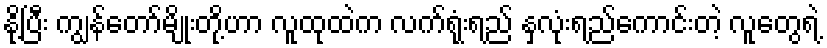
နို့ပြီး ကျွန်တော်မျိုးတို့ဟာ လူထုထဲက လက်ရုံးရည် နှလုံးရည်ကောင်းတဲ့ လူတွေရဲ့